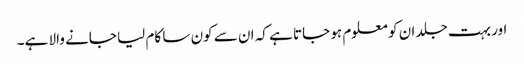
اور بہت جلد ان کو معلوم ہو جاتا ہے کہ ان سے کون سا کام لیا جانے والا ہے۔